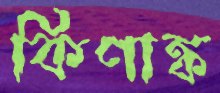
কিণাঙ্ক